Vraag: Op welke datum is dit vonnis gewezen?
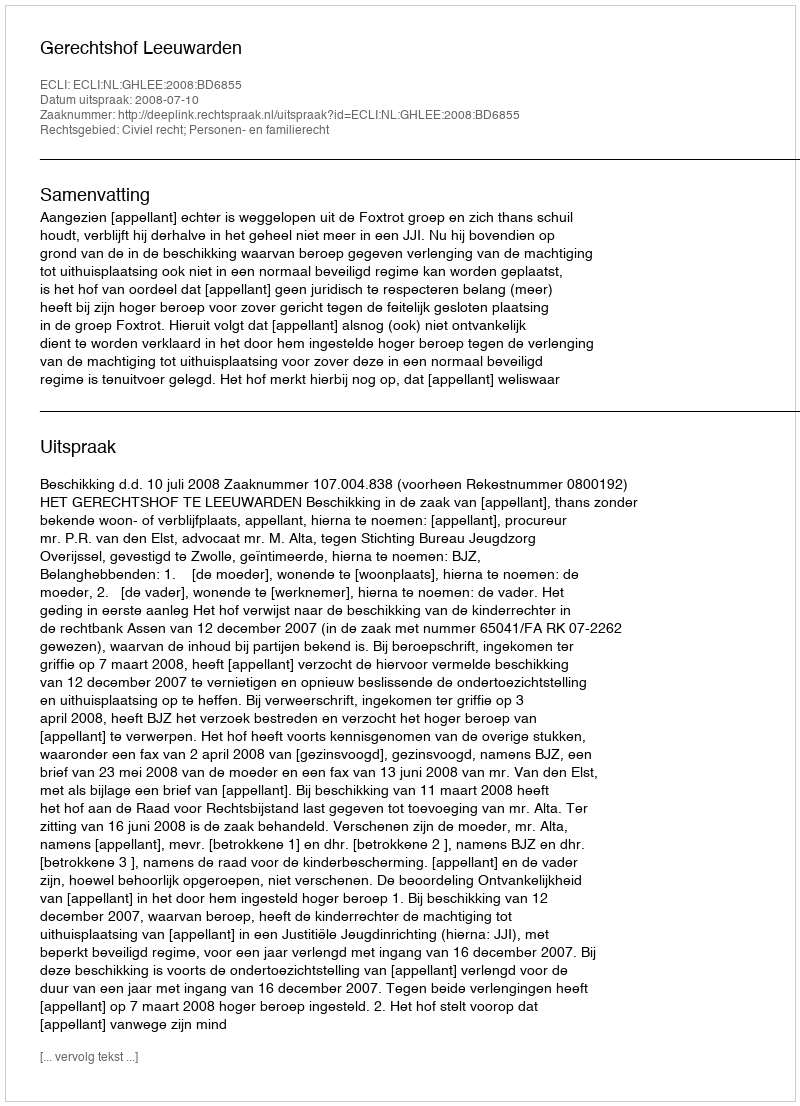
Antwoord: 2008-07-10